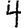
Digit: 4